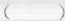
( )